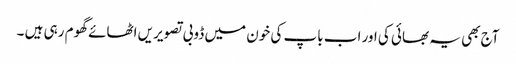
آج بھی یہ بھائی کی اور اب باپ کی خون میں ڈوبی تصویریں اٹھائے گھوم رہی ہیں ۔